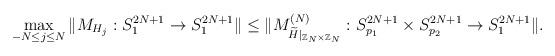
LaTeX: \begin{align*}\max_{-N \leq j \leq N} \Vert M_{ H_j }: S_{1}^{2N+1} \rightarrow S_{1}^{2N+1} \Vert\leq \Vert M_{\widetilde{ H }\vert_{\mathbb{Z}_N \times \mathbb{Z}_N}}^{(N)}: S_{p_1}^{2N+1} \times S_{p_2}^{2N+1} \rightarrow S_{1}^{2N+1} \Vert.\end{align*}